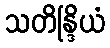
သတိန္ဒြိယံ